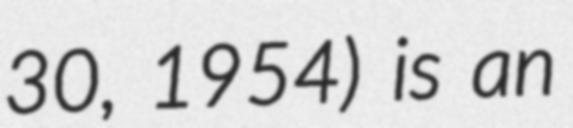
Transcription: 30, 1954) is an